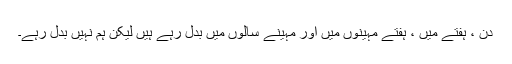
دن ، ہفتے میں ، ہفتے مہینوں میں اور مہینے سالوں میں بدل رہے ہیں لیکن ہم نہیں بدل رہے۔